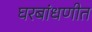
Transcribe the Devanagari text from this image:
घरबांधणीत